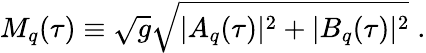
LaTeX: M_{q}(\tau)\equiv\sqrt g\sqrt{|A_{q}(\tau)|^{2}+|B_{q}(\tau)|^{2}}\; .